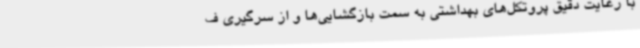
با رعایت دقیق پروتکل‌های بهداشتی به سمت بازگشایی‌ها و از سرگیری ف